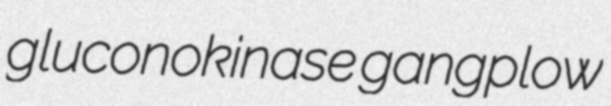
gluconokinase gangplow